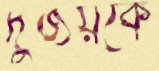
দুর্জয়কে